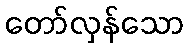
တော်လှန်သော